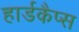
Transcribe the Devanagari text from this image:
हार्डकैप्स